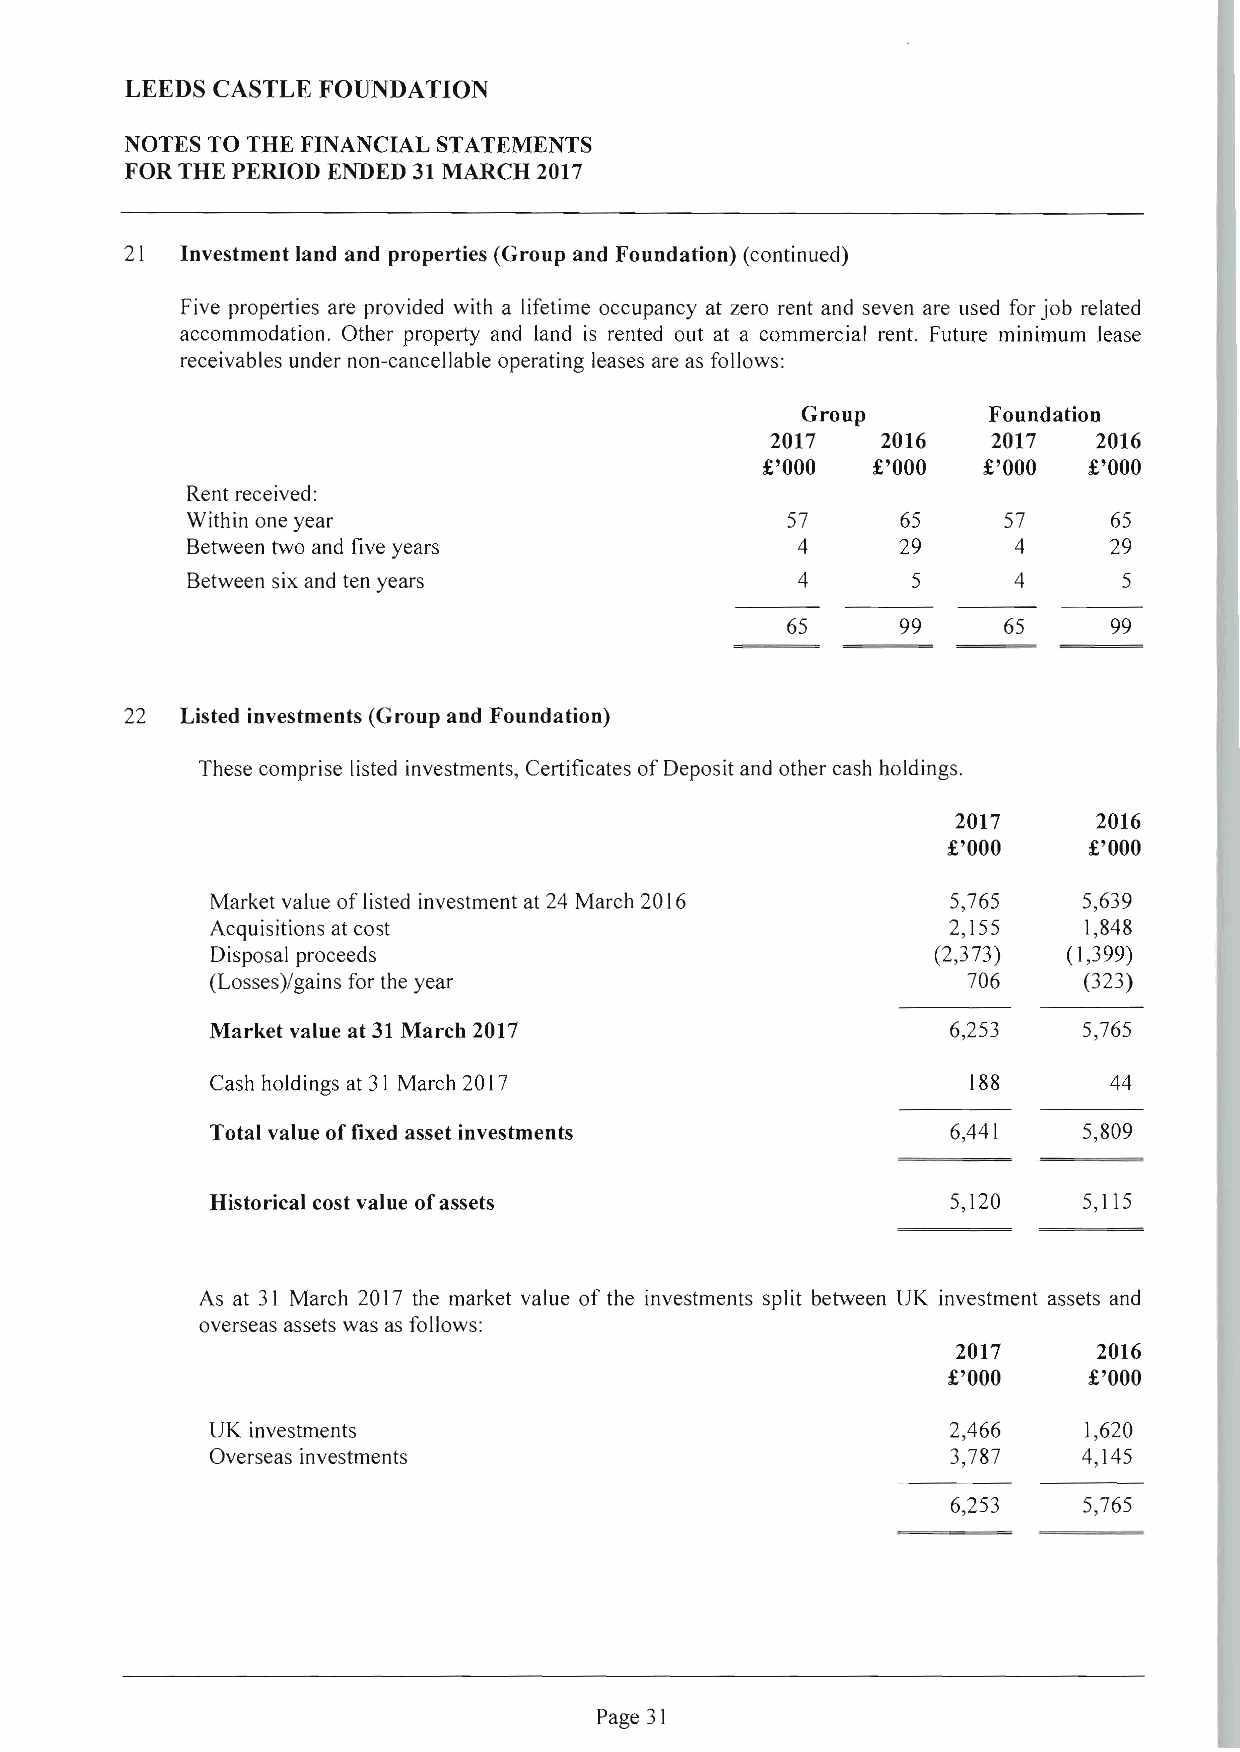
LEEDS CASTLE FOUNDATION
 NOTES TO THE FINANCIAL STATEMENTS
 FOR THE PERIOD ENDED 31 MARCH 2017
 21  Investment land and properties (Group and Foundation) (continued)
 Five properties are provided with a lifetime occupancy at zero rent and seven are used for job related
 accommodation. Other property and land is rented out at a commercial rent. Future minimum lease
 receivables under non-cancellable operating leases are as follows:
 Group       Foundation
 2017   2016    2017   2016
 £'000   £'000  £'000  £'000
 Rent received:
 Within one year                         57      65    57      65
 Between two and five years               4      29     4     29
 Between six and ten years                4      5      4      5
 65      99    65      99
 22  Listed investments (Group and Foundation)
 These comprise listed investments, Certificates of Deposit and other cash holdings.
 2017      2016
 £'000    £'000
 Market value of listed investment at 24 March 2016 5,765  5,639
 Acquisitions at cost                             2,155    1,848
 Disposal proceeds                               (2,373)  (1,399)
 (Losses)/gains for the year                       706     (323)
 Market value at 31 March 2017                    6,253    5,765
 Cash holdings at 31 March 2017                    188      44
 Total value of fixed asset investments           6,441    5,809
 Historical cost value of assets                  5,120    5,115
 As at 3 I March 2017 the market value of the investments split between UK investment assets and
 overseas assets was as follows:
 2017      2016
 £'000    £'000
 UK investments                                   2,466    1,620
 Overseas investments                             3,787    4,145
 6,253    5,765
 Page 31